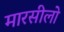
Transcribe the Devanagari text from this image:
मारसीलो